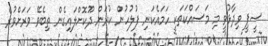
ސީޕީ ވިދާޅުވީ މި މަސައްކަތަކީ ހަމައެކަނި ފުލުހުން ކުރަން ދޫކޮށްލައިގެން ތިބެވޭ ވަރަށްވުރެ